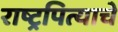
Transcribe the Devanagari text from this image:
राष्ट्रपित्याचे